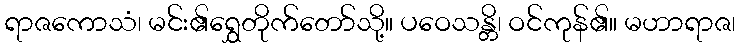
ရာဇကောသံ၊ မင်း၏ရွှေတိုက်တော်သို့။ ပဝေသန္တိ၊ ဝင်ကုန်၏။ မဟာရာဇ၊